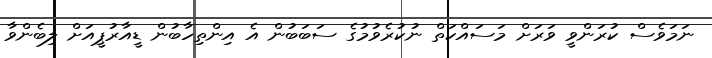
ނަމަވެސް ކުރަންވީ ވަރަށް މަސައްކަތް ނުކުރެވުމުގެ ސަބަބުން އެ އިންތިހާބުން ޑީއާރުޕީއަށް ލިބެންވާ